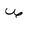
Letter: _sad